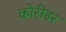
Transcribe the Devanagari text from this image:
कोरीडर